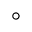
^ \circ